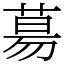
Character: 𦳝